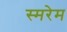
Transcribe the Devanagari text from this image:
स्मरेम